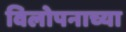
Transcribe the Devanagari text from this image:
विलोपनाच्या